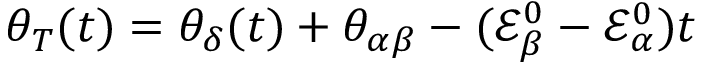
\theta _ { T } ( t ) = \theta _ { \delta } ( t ) + \theta _ { \alpha \beta } - ( \mathcal { E } _ { \beta } ^ { 0 } - \mathcal { E } _ { \alpha } ^ { 0 } ) t